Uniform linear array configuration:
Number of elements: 12
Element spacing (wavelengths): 1
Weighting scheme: exponential
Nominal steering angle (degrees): -60
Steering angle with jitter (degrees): -58.795
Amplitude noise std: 0.05
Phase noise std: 0.05

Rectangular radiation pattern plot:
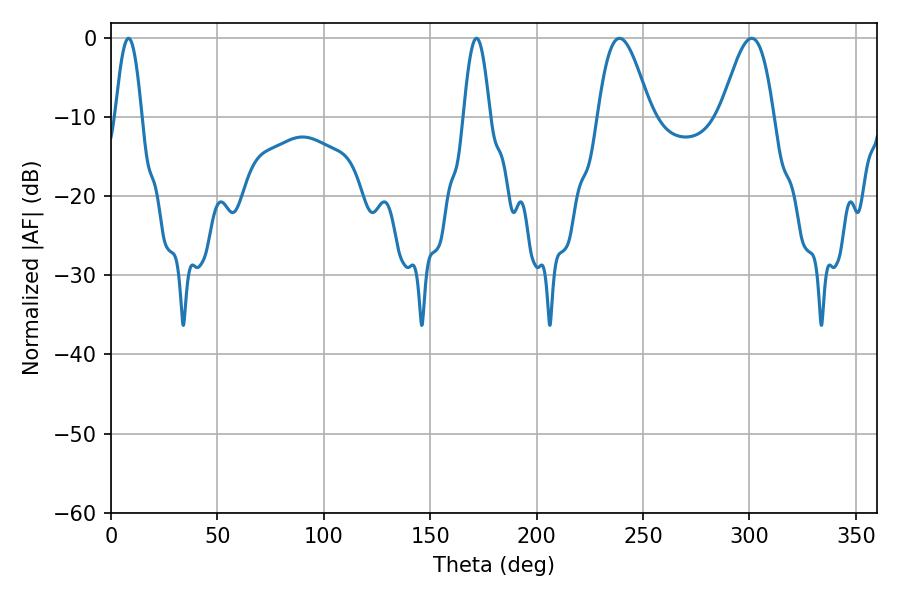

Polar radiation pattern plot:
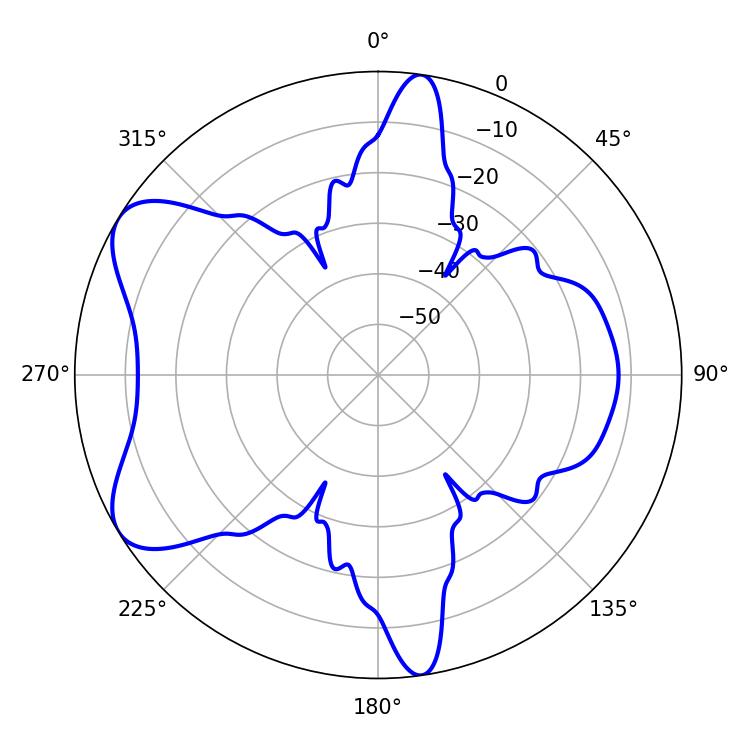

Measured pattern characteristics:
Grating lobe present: TRUE
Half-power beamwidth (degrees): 6.66
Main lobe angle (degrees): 8.28